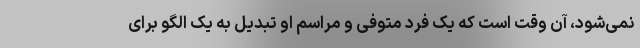
نمی‌شود، آن وقت است که یک فرد متوفی و مراسم او تبدیل به یک الگو برای